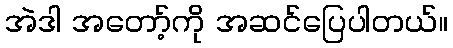
အဲဒါ အတော့်ကို အဆင်ပြေပါတယ်။